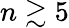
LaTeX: n\gtrsim 5